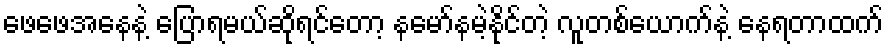
ဖေဖေအနေနဲ့ ပြောရမယ်ဆိုရင်တော့ နမော်နမဲ့နိုင်တဲ့ လူတစ်ယောက်နဲ့ နေရတာထက်